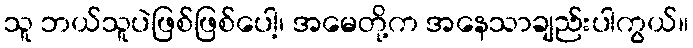
သူ ဘယ်သူပဲဖြစ်ဖြစ်ပေါ့၊ အမေတို့က အနေသာချည်းပါကွယ်။